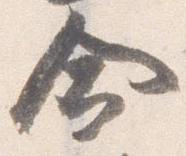
命